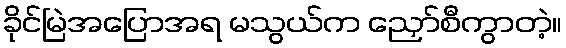
ခိုင်မြဲအပြောအရ မသွယ်က ညှော်စီကွာတဲ့။